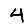
Digit: 4